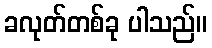
ခလုတ်တစ်ခု ပါသည်။